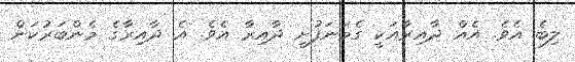
ލިބެ އެވެ. އެއް ދާއިރާއަކީ ގެމަނަފުށީ ދާއިރާ އެވެ. އެ ދާއިރާގެ މެންބަރުކަން